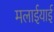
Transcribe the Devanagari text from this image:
मलाईयाई